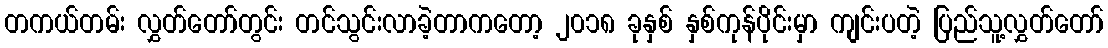
တကယ်တမ်း လွှတ်တော်တွင်း တင်သွင်းလာခဲ့တာကတော့ ၂၀၁၈ ခုနှစ် နှစ်ကုန်ပိုင်းမှာ ကျင်းပတဲ့ ပြည်သူ့လွှတ်တော်